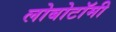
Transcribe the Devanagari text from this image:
लोबोटॉमी